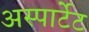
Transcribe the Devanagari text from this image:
अस्पार्टेट